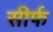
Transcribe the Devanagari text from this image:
सीर्फ